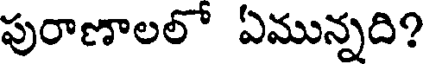
పురాణాలలో ఏమున్నది?